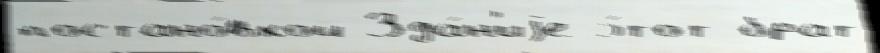
постано́вкой Зда́н'иjе э́тот брат